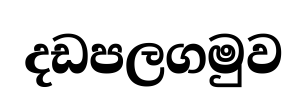
දඩපලගමුව